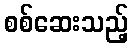
စစ်ဆေးသည့်